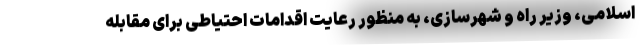
اسلامی، وزیر راه و شهرسازی، به منظور رعایت اقدامات احتیاطی برای مقابله